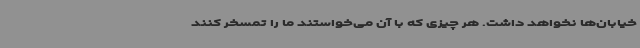
خیابان‌ها نخواهد داشت. هر چیزی که با آن می‌خواستند ما را تمسخر کنند